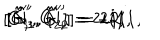
[ \hat { G } _ { 1 } ^ { \prime } , \hat { G } _ { 2 } ^ { \prime } ] = 2 i { \bf 1 } , \hspace { 0 . 3 c m } [ \hat { G } _ { 3 } ^ { \prime } , \hat { G } _ { 4 } ^ { \prime } ] = - 2 i { \bf 1 } , \hspace { 0 . 3 c m } [ \hat { N } _ { 1 } ^ { \prime } , \hat { N } _ { 2 } ^ { \prime } ] = 2 i { \bf 1 } ,